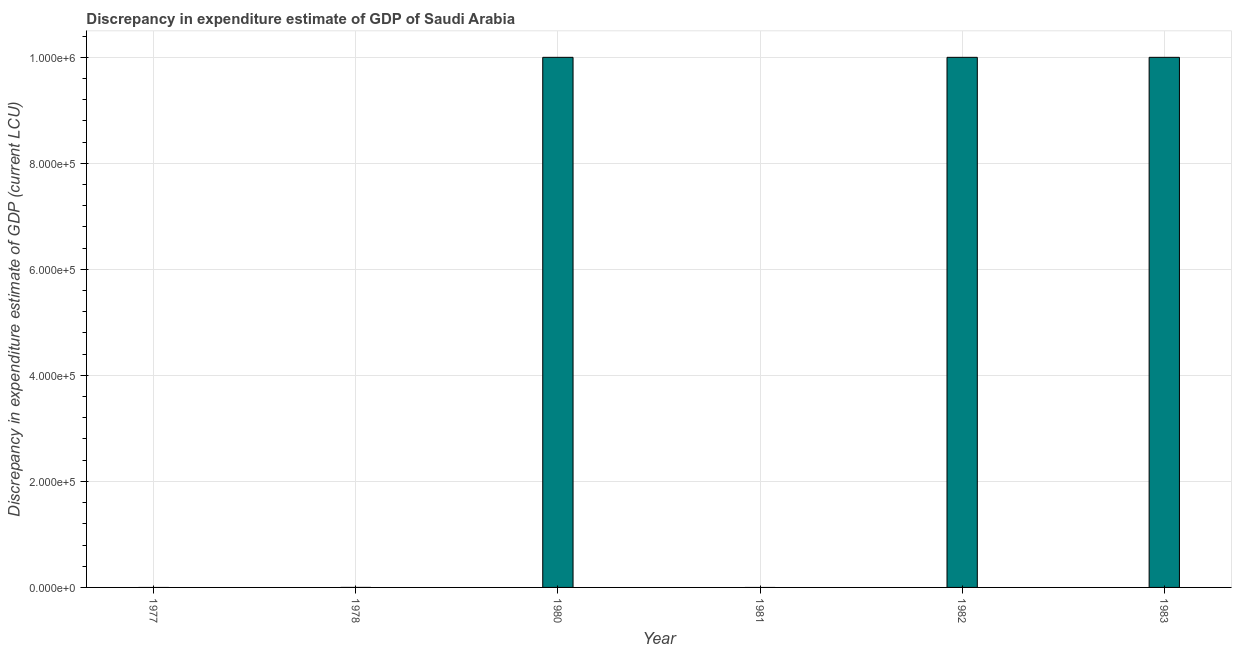
| Year | Discrepancy current LCU |
 | --- | --- |
 | 1977 | -1e+06 |
 | 1978 | 1.5e-05 |
 | 1980 | 1e+06 |
 | 1981 | -1e+06 |
 | 1982 | 1e+06 |
 | 1983 | 1e+06 |